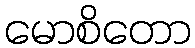
မောစိတော